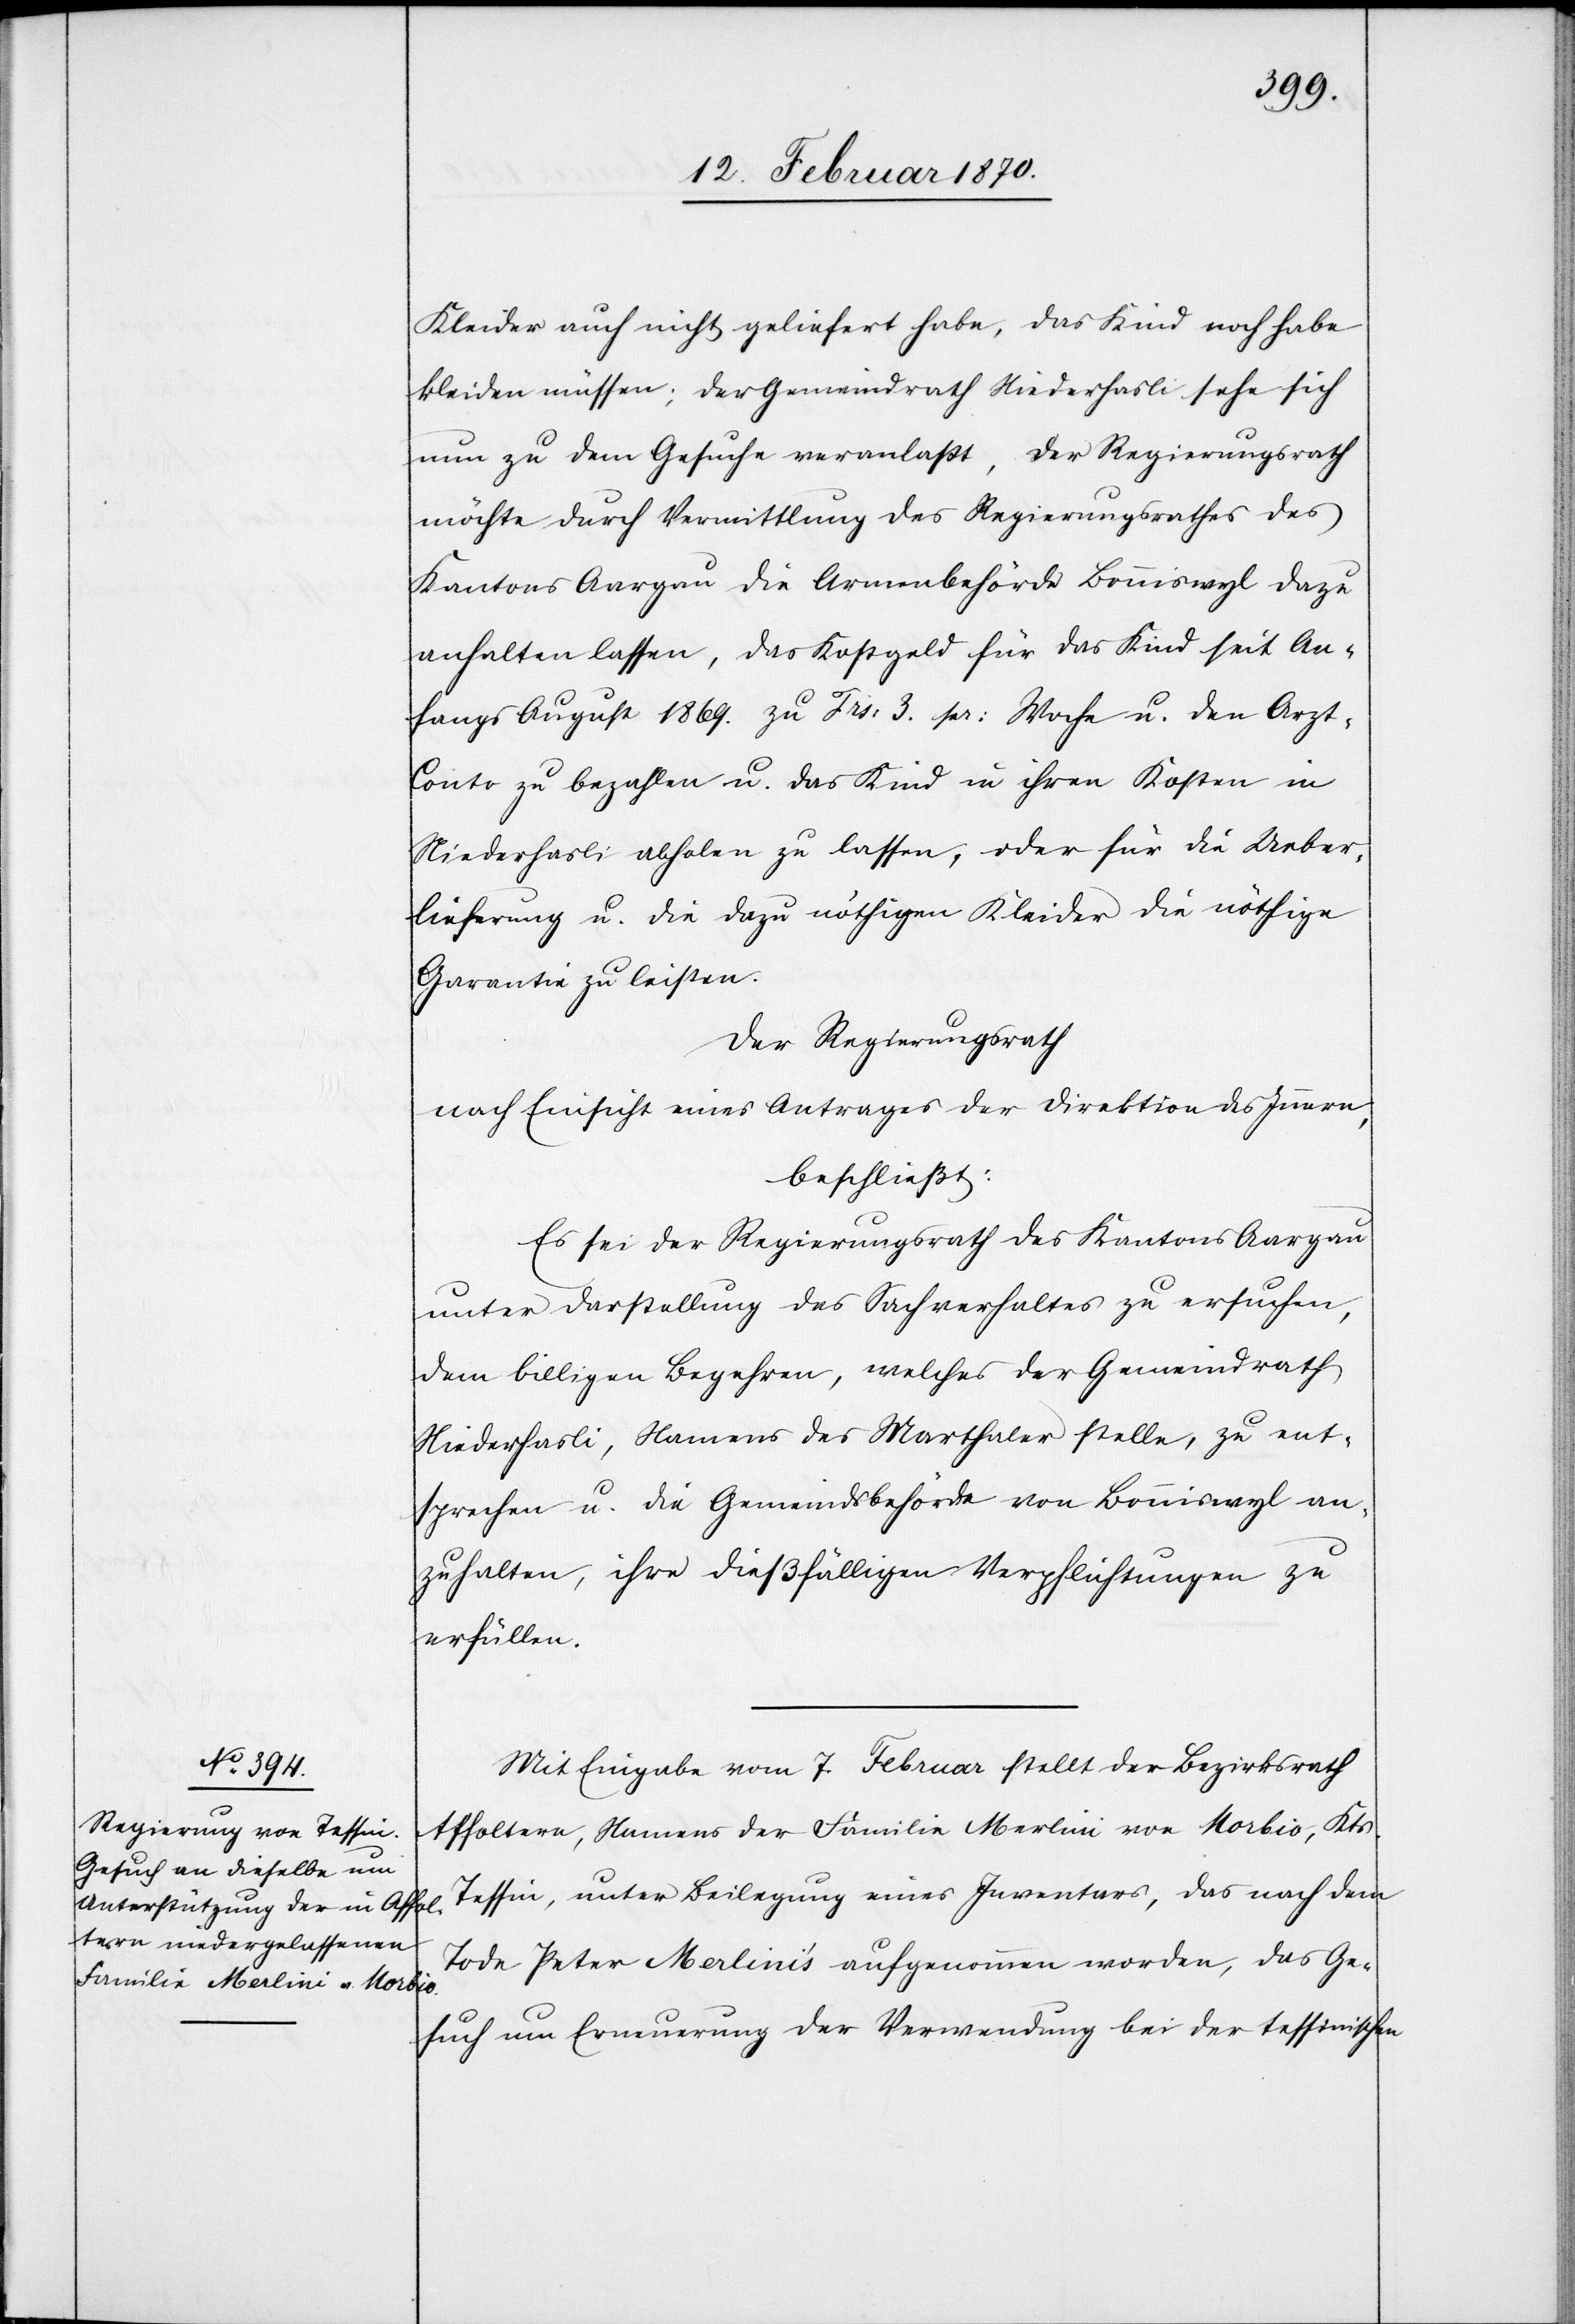
Kleider auch nicht geliefert habe, das Kind noch habe
kleiden müssen; der Gemeindrath Niederhasli sehe sich
nun zu dem Gesuche veranlasst, der Regierungsrath
möchte durch Vermittlung des Regierungsrathes des
Kantons Aargau die Armenbehörde Bonniswyl
anhalten lassen, das Kostgeld für das Kind seit An¬
fangs August 1869. zu Frs: 3. pr: Woche u. den Arzt-C¬
onto zu bezahlen u. das Kind in ihren Kosten in
Niederhasli abholen zu lassen, oder für die Ueber¬
lieferung u. die dazu nöthigen Kleider die nöthige
Garantie zu leisten.
Der Regierungsrath
nach Einsicht eines Antrages der Direktion des Innern,
beschließt:
Es sei der Regierungsrath des Kantons Aargau
unter Darstellung des Sachverhaltes zu ersuchen,
dem billigen Begehren, welches der Gemeindrath
Niederhasli, Namens des Marthaler stelle, zu ent¬
sprechen u. die Gemeindsbehörde von Bonniswyl an¬
zuhalten, ihre dießfälligen Verpflichtungen zu
erfüllen.
Mit Eingabe vom 7. Februar stell der Bezirksrath
Affoltern, Namens der Familie Merlini von Morbio, Kts.
Tessin, unter Beilegung eines Inventars, das nach dem
Tode Peter Merlini’s aufgenommen worden, das Ge¬
such um Erneuerung der Verwendung bei der tessinischen